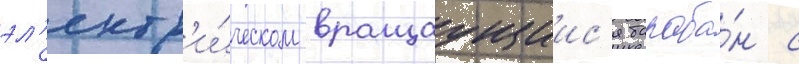
эл'ектр'и́ческом вращаущиис'я бараба́н с